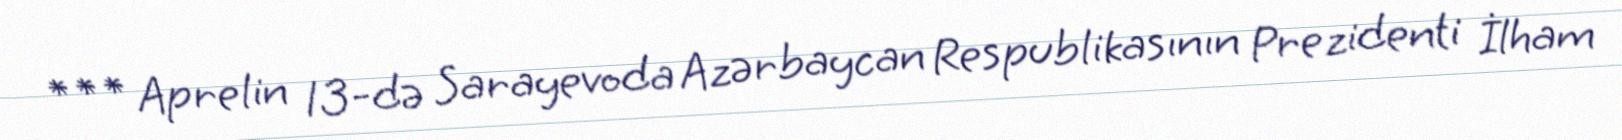
*** Aprelin 13-də Sarayevoda Azərbaycan Respublikasının Prezidenti İlham